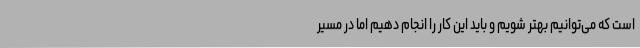
است که می‌توانیم بهتر شویم و باید این کار را انجام دهیم اما در مسیر